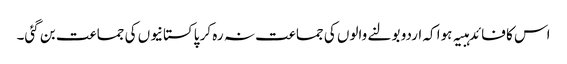
اس کا فائدہبیہ ہوا کہ اردو بولنے والوں کی جماعت نہ رہ کر پاکستانیوں کی جماعت بن گئی۔